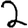
Digit: 2